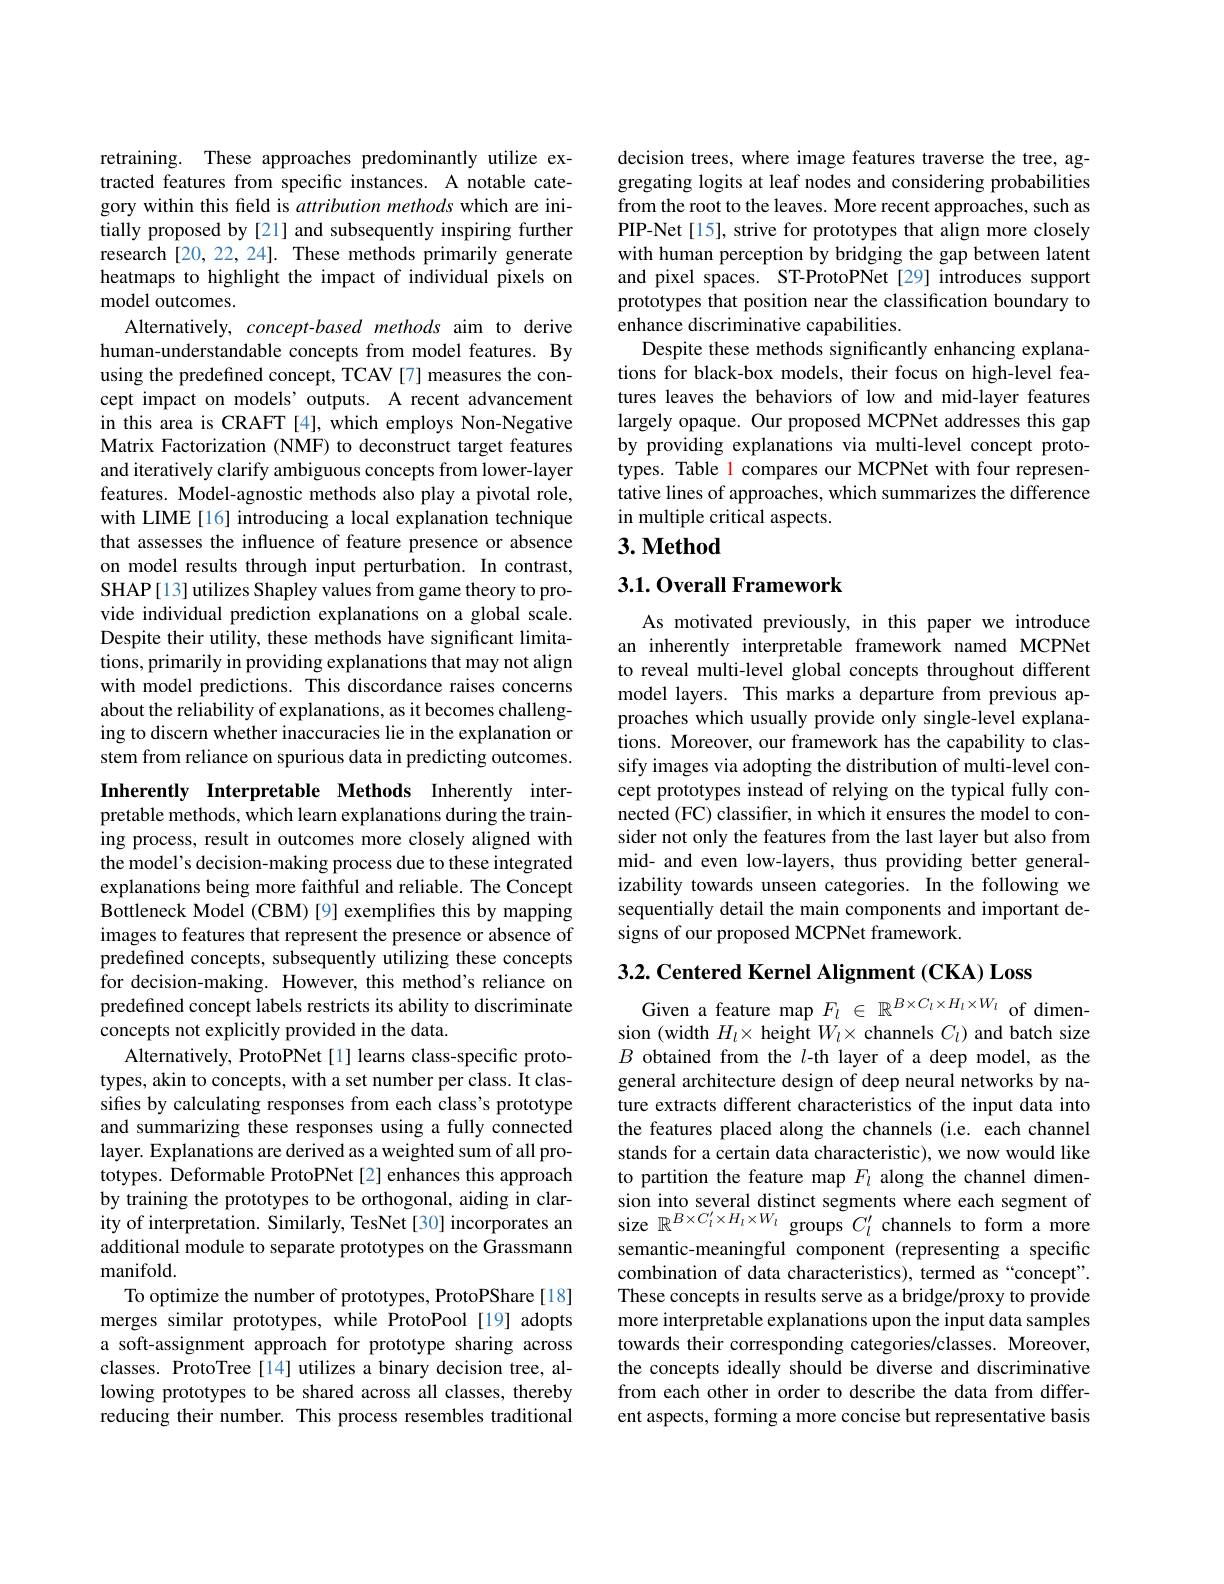
retraining. These approaches predominantly utilize extracted features from specific instances. A notable category within this feld is attribution methods which are initially proposed by [21] and subsequently inspiring further research [20, 22, 24]. These methods primarily generate heatmaps to highlight the impact of individual pixels on model outcomes.
Alternatively, concept-based methods aim to derive human-understandable concepts from model features. By using the predefined concept, TCAV [7] measures the concept impact on models’outputs. A recent advancement in this area is CRAFT [4], which employs Non-Negative Matrix Factorization (NMF) to deconstruct target features and iteratively clarify ambiguous concepts from lower-layer features. Model-agnostic methods also play a pivotal role, with LIME [16] introducing a local explanation technique that assesses the influence of feature presence or absence on model results through input perturbation. In contrast, SHAP[13] utilizes Shapley values from game theory to provide individual prediction explanations on a global scale. Despite their utility, these methods have significant limitations, primarily in providing explanations that may not align with model predictions. This discordance raises concerns about the reliability of explanations, as it becomes challenging to discern whether inaccuracies lie in the explanation or stem from reliance on spurious data in predicting outcomes. Inherently Interpretable Methods Inherently inter-

pretable methods, which learn explanations during the training process, result in outcomes more closely aligned with the model's decision-making process due to these integrated explanations being more faithful and reliable. The Concept Bottleneck Model (CBM) [9] exemplifies this by mapping images to features that represent the presence or absence of predefined concepts, subsequently utilizing these concepts for decision-making. However, this method's reliance on predefined concept labels restricts its ability to discriminate concepts not explicitly provided in the data.
Alternatively, ProtoPNet [1] learns class-specific prototypes, akin to concepts, with a set number per class. It classifies by calculating responses from each class's prototype and summarizing these responses using a fully connected layer. Explanations are derived as a weighted sum of all prototypes. Deformable ProtoPNet [2] enhances this approach by training the prototypes to be orthogonal, aiding in clarity of interpretation. Similarly, TesNet [30] incorporates an additional module to separate prototypes on the Grassmann manifold.
To optimize the number of prototypes, ProtoPShare[18] merges similar prototypes, while ProtoPool [19] adopts a soft-assignment approach for prototype sharing across classes. ProtoTree[14] utilizes a binary decision tree, allowing prototypes to be shared across all classes, thereby reducing their number. This process resembles traditional

decision trees, where image features traverse the tree, aggregating logits at leaf nodes and considering probabilities from the root to the leaves. More recent approaches, such as PIP-Net[15], strive for prototypes that align more closely with human perception by bridging the gap between latent and pixel spaces. ST-ProtoPNet[29] introduces support prototypes that position near the classification boundary to enhance discriminative capabilities.
Despite these methods significantly enhancing explanations for black-box models, their focus on high-level features leaves the behaviors of low and mid-layer features largely opaque. Our proposed MCPNet addresses this gap by providing explanations via multi-level concept prototypes. Table l compares our MCPNet with four representative lines of approaches, which summarizes the difference in multiple critical aspects.
3. Method

### 3.1.0verall Framework

As motivated previously, in this paper we introduce an inherently interpretable framework named MCPNet to reveal multi-level global concepts throughout different model layers. This marks a departure from previous approaches which usually provide only single-level explanations. Moreover, our framework has the capability to classify images via adopting the distribution of multi-level concept prototypes instead of relying on the typical fully connected (FC) classifier, in which it ensures the model to consider not only the features from the last layer but also from mid- and even low-layers, thus providing better generalizability towards unseen categories. In the following we sequentially detail the main components and important designs of our proposed MCPNet framework.

3.2. Centered Kernel Alignment (CKA) Loss

Given a feature map $F_l\in\mathbb{R}^{B\times C_l\times H_l\times W_l}$ of dimension (width $H_l\times$ height $W_l\times$ channels $C_l)$ and batch size $B$ obtained from the $l$-th layer of a deep model, as the general architecture design of deep neural networks by nature extracts different characteristics of the input data into the features placed along the channels (i.e. each channel stands for a certain data characteristic), we now would like to partition the feature map $F_l$ along the channel dimension into several distinct segments where each segment of size $\mathbb{R}^{B\times C_{l}^{\prime}\times H_{l}\times W_{l}}$ groups $C_l^{\prime}$ channels to form a more semantic-meaningful component (representing a specific combination of data characteristics), termed as “concept”. These concepts in results serve as a bridge/proxy to provide more interpretable explanations upon the input data samples towards their corresponding categories/classes. Moreover, the concepts ideally should be diverse and discriminative from each other in order to describe the data from different aspects, forming a more concise but representative basis